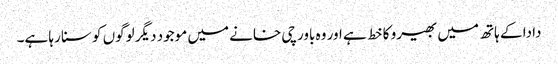
دادا کے ہاتھ میں بھیرو کا خط ہے اور وہ باورچی خانے میں موجود دیگر لوگوں کو سنا رہا ہے۔